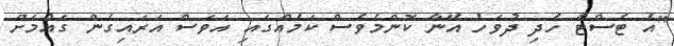
"އެ ޓެސްޓް ހެދި ދުވަހު އޭނާ ކޮންމެވެސް ކަމެއްގައި އަވަސް އަރައިގެން ގައުމަށް